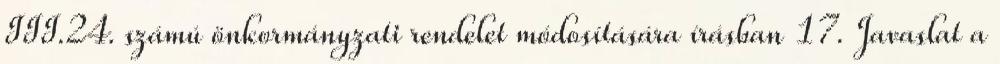
III.24. számú önkormányzati rendelet módosítására írásban 17. Javaslat a